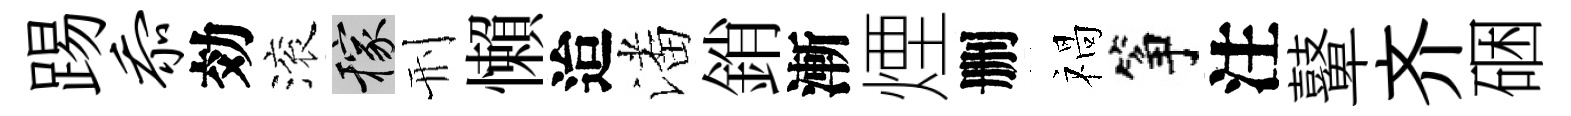
踢忝効滚稼刑懶迨潘銷漸煙删禍筝注鼙齐硱